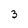
Character: 3